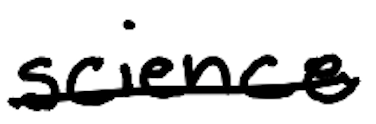
Text: science
Cross-out: single-line
Writing tool: digital_black